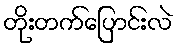
တိုးတက်ပြောင်းလဲ